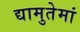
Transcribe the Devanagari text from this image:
द्यामुतेमां